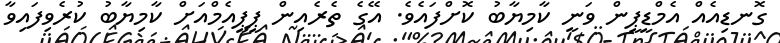
ގޮނޑިއެއް އެމްޑީޕީން ވަނީ ކާމިޔާބު ކޮށްފައެވެ. އޭގެ ތެރެއިން ޕީޕީއެމްއަށް ކާމިޔާބު ކުރެވިފައިވާ